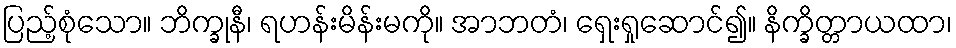
ပြည့်စုံသော။ ဘိက္ခုနီ၊ ရဟန်းမိန်းမကို။ အာဘတံ၊ ရှေးရှုဆောင်၍။ နိက္ခိတ္တာယထာ၊